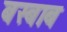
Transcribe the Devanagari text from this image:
बस्बाब